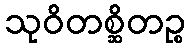
သုဝိတစ္ဆိတဉ္စ